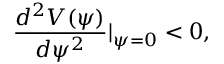
\frac { d ^ { 2 } V ( \psi ) } { d \psi ^ { 2 } } | _ { \psi = 0 } < 0 ,